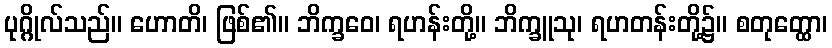
ပုဂ္ဂိုလ်သည်။ ဟောတိ၊ ဖြစ်၏။ ဘိက္ခဝေ၊ ရဟန်းတို့။ ဘိက္ခူသု၊ ရဟတန်းတို့၌။ စတုတ္ထော၊